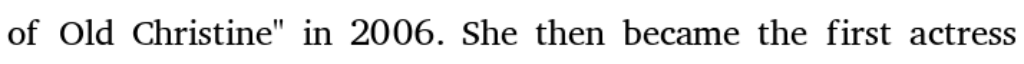
of Old Christine" in 2006. She then became the first actress